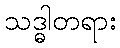
သဒ္ဓါတရား